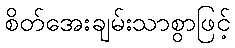
စိတ်အေးချမ်းသာစွာဖြင့်